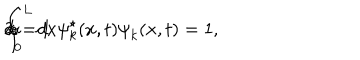
\int _ { 0 } ^ { \mathrm { L } } d x { \psi } _ { k } ^ { \star } ( x , t ) { \psi } _ { k } ( x , t ) = 1 , \hspace { 5 m m } k = 1 \hspace { 3 m m } \mathrm { o r } \hspace { 3 m m } 2 .